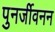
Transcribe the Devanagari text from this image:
पुनर्जीवनन